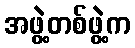
အဖွဲ့တစ်ဖွဲ့က